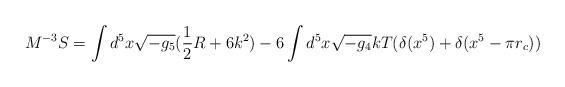
LaTeX: \begin{align*}M^{-3} S=\int d^5 x \sqrt{-g_5} (\frac{1}{2}R + 6 k^2)- 6 \int d^5 x\sqrt{-g_4}k T (\delta(x^5) + \delta(x^5-\pi r_c))\end{align*}